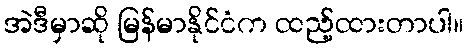
အဲဒီမှာဆို မြန်မာနိုင်ငံက ထည့်ထားတာပါ။